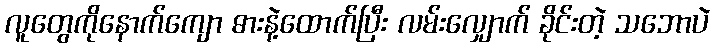
လူတွေကိုနောက်ကျော ဓားနဲ့ထောက်ပြီး လမ်းလျှောက် ခိုင်းတဲ့ သဘောပဲ